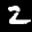
Label: 2